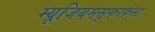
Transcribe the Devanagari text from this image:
म्यूजियमसुफरफेस्ट